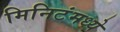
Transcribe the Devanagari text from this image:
मिनिटंमध्ये